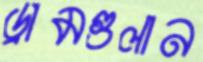
ড্রামগুলান